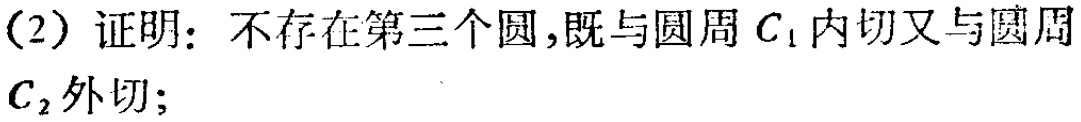
(2) 证明：不存在第三个圆，既与圆周 \(C_{1}\) 内切又与圆周 \(C_{2}\) 外切；